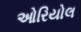
ઓરિયોલ